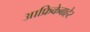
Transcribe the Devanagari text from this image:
आफ्रिकेबाहेर